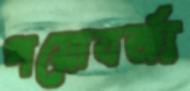
পয়োবর্জ্য